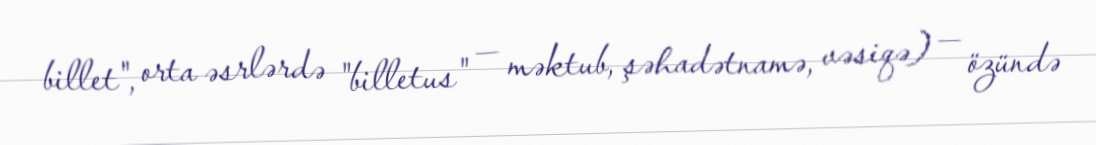
billet", orta əsrlərdə "billetus" — məktub, şəhadətnamə, vəsiqə) — özündə